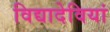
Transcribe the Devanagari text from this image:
विद्यादेवियां